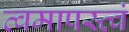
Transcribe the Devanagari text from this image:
त्वमापस्त्वं